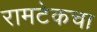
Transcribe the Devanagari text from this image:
रामटेकचा